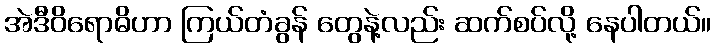
အဲဒီဝိရောဓိဟာ ကြယ်တံခွန် တွေနဲ့လည်း ဆက်စပ်လို့ နေပါတယ်။